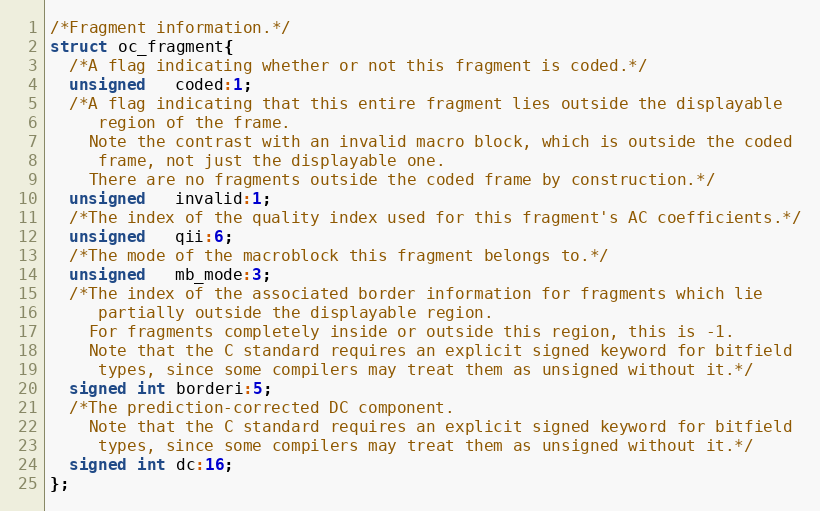
Language: C
/*Fragment information.*/
struct oc_fragment{
  /*A flag indicating whether or not this fragment is coded.*/
  unsigned   coded:1;
  /*A flag indicating that this entire fragment lies outside the displayable
     region of the frame.
    Note the contrast with an invalid macro block, which is outside the coded
     frame, not just the displayable one.
    There are no fragments outside the coded frame by construction.*/
  unsigned   invalid:1;
  /*The index of the quality index used for this fragment's AC coefficients.*/
  unsigned   qii:6;
  /*The mode of the macroblock this fragment belongs to.*/
  unsigned   mb_mode:3;
  /*The index of the associated border information for fragments which lie
     partially outside the displayable region.
    For fragments completely inside or outside this region, this is -1.
    Note that the C standard requires an explicit signed keyword for bitfield
     types, since some compilers may treat them as unsigned without it.*/
  signed int borderi:5;
  /*The prediction-corrected DC component.
    Note that the C standard requires an explicit signed keyword for bitfield
     types, since some compilers may treat them as unsigned without it.*/
  signed int dc:16;
};